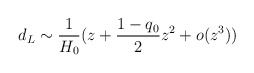
\begin{align*}d_L\sim \frac{1}{H_0}(z+ \frac{1-q_0}{2}z^2+o(z^3))\end{align*}